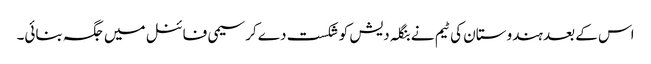
اس کے بعد ہندوستان کی ٹیم نے بنگلہ دیش کو شکست دے کرسیمی فائنل میں جگہ بنائی۔